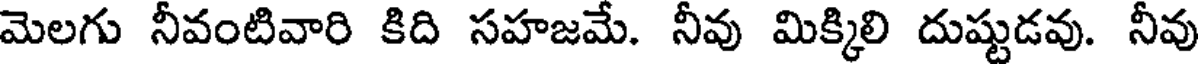
మెలగు నీవంటివారి కిది సహజమే. నీవు మిక్కిలి దుష్టుడవు. నీవు